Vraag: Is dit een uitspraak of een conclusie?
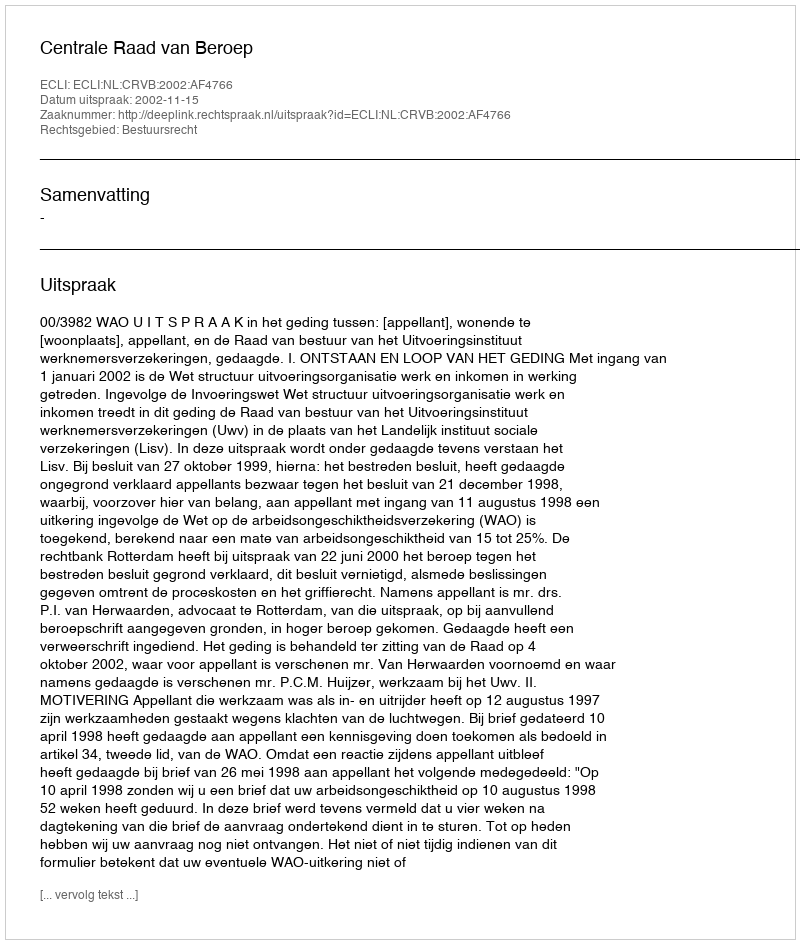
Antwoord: Uitspraak